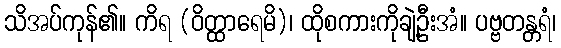
သိအပ်ကုန်၏။ ကိရ (ဝိတ္ထာရေမိ)၊ ထိုစကားကိုချဲ့ဦးအံ။ ပဗ္ဗတန္တရံ၊